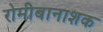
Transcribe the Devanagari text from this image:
रोमीबानाशक